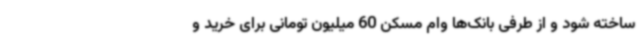
ساخته‌ شود و از طرفی بانک‌ها وام مسکن 60 میلیون تومانی برای خرید و